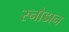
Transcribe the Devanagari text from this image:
स्नोडान